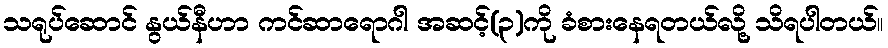
သရုပ်ဆောင် နွယ်နီဟာ ကင်ဆာရောဂါ အဆင့်(၃)ကို ခံစားနေရတယ်လို့ သိရပါတယ်။